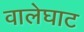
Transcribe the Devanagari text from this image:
वालेघाट